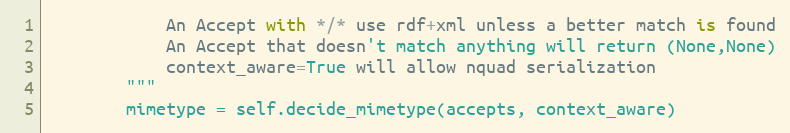
Language: Python
		    An Accept with */* use rdf+xml unless a better match is found
		    An Accept that doesn't match anything will return (None,None)
		    context_aware=True will allow nquad serialization
		"""
		mimetype = self.decide_mimetype(accepts, context_aware)